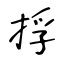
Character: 捊